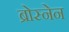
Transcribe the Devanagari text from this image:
ब्रोस्नेन